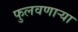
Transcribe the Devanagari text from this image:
फुलवणाऱ्या